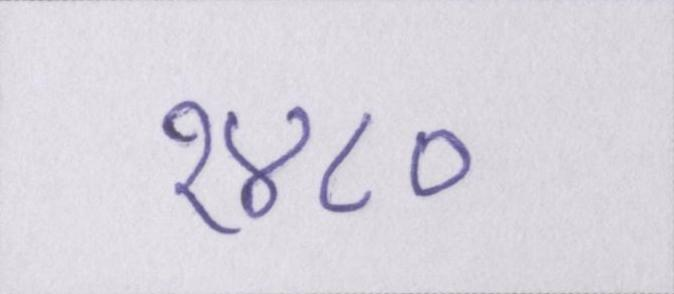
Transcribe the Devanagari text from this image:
१४८०